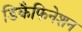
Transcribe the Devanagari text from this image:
डिकैफिनेशन